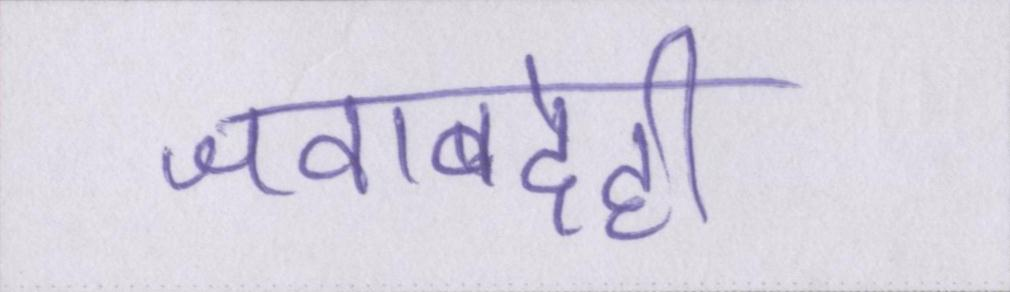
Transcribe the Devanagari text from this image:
जवाबदेही